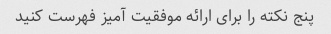
پنج نکته را برای ارائه موفقیت آمیز فهرست کنید